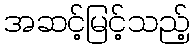
အဆင့်မြင့်သည့်